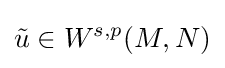
{\tilde {u}}\in W^{s,p}(M,N)